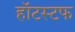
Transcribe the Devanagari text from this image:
हॉटस्टफ